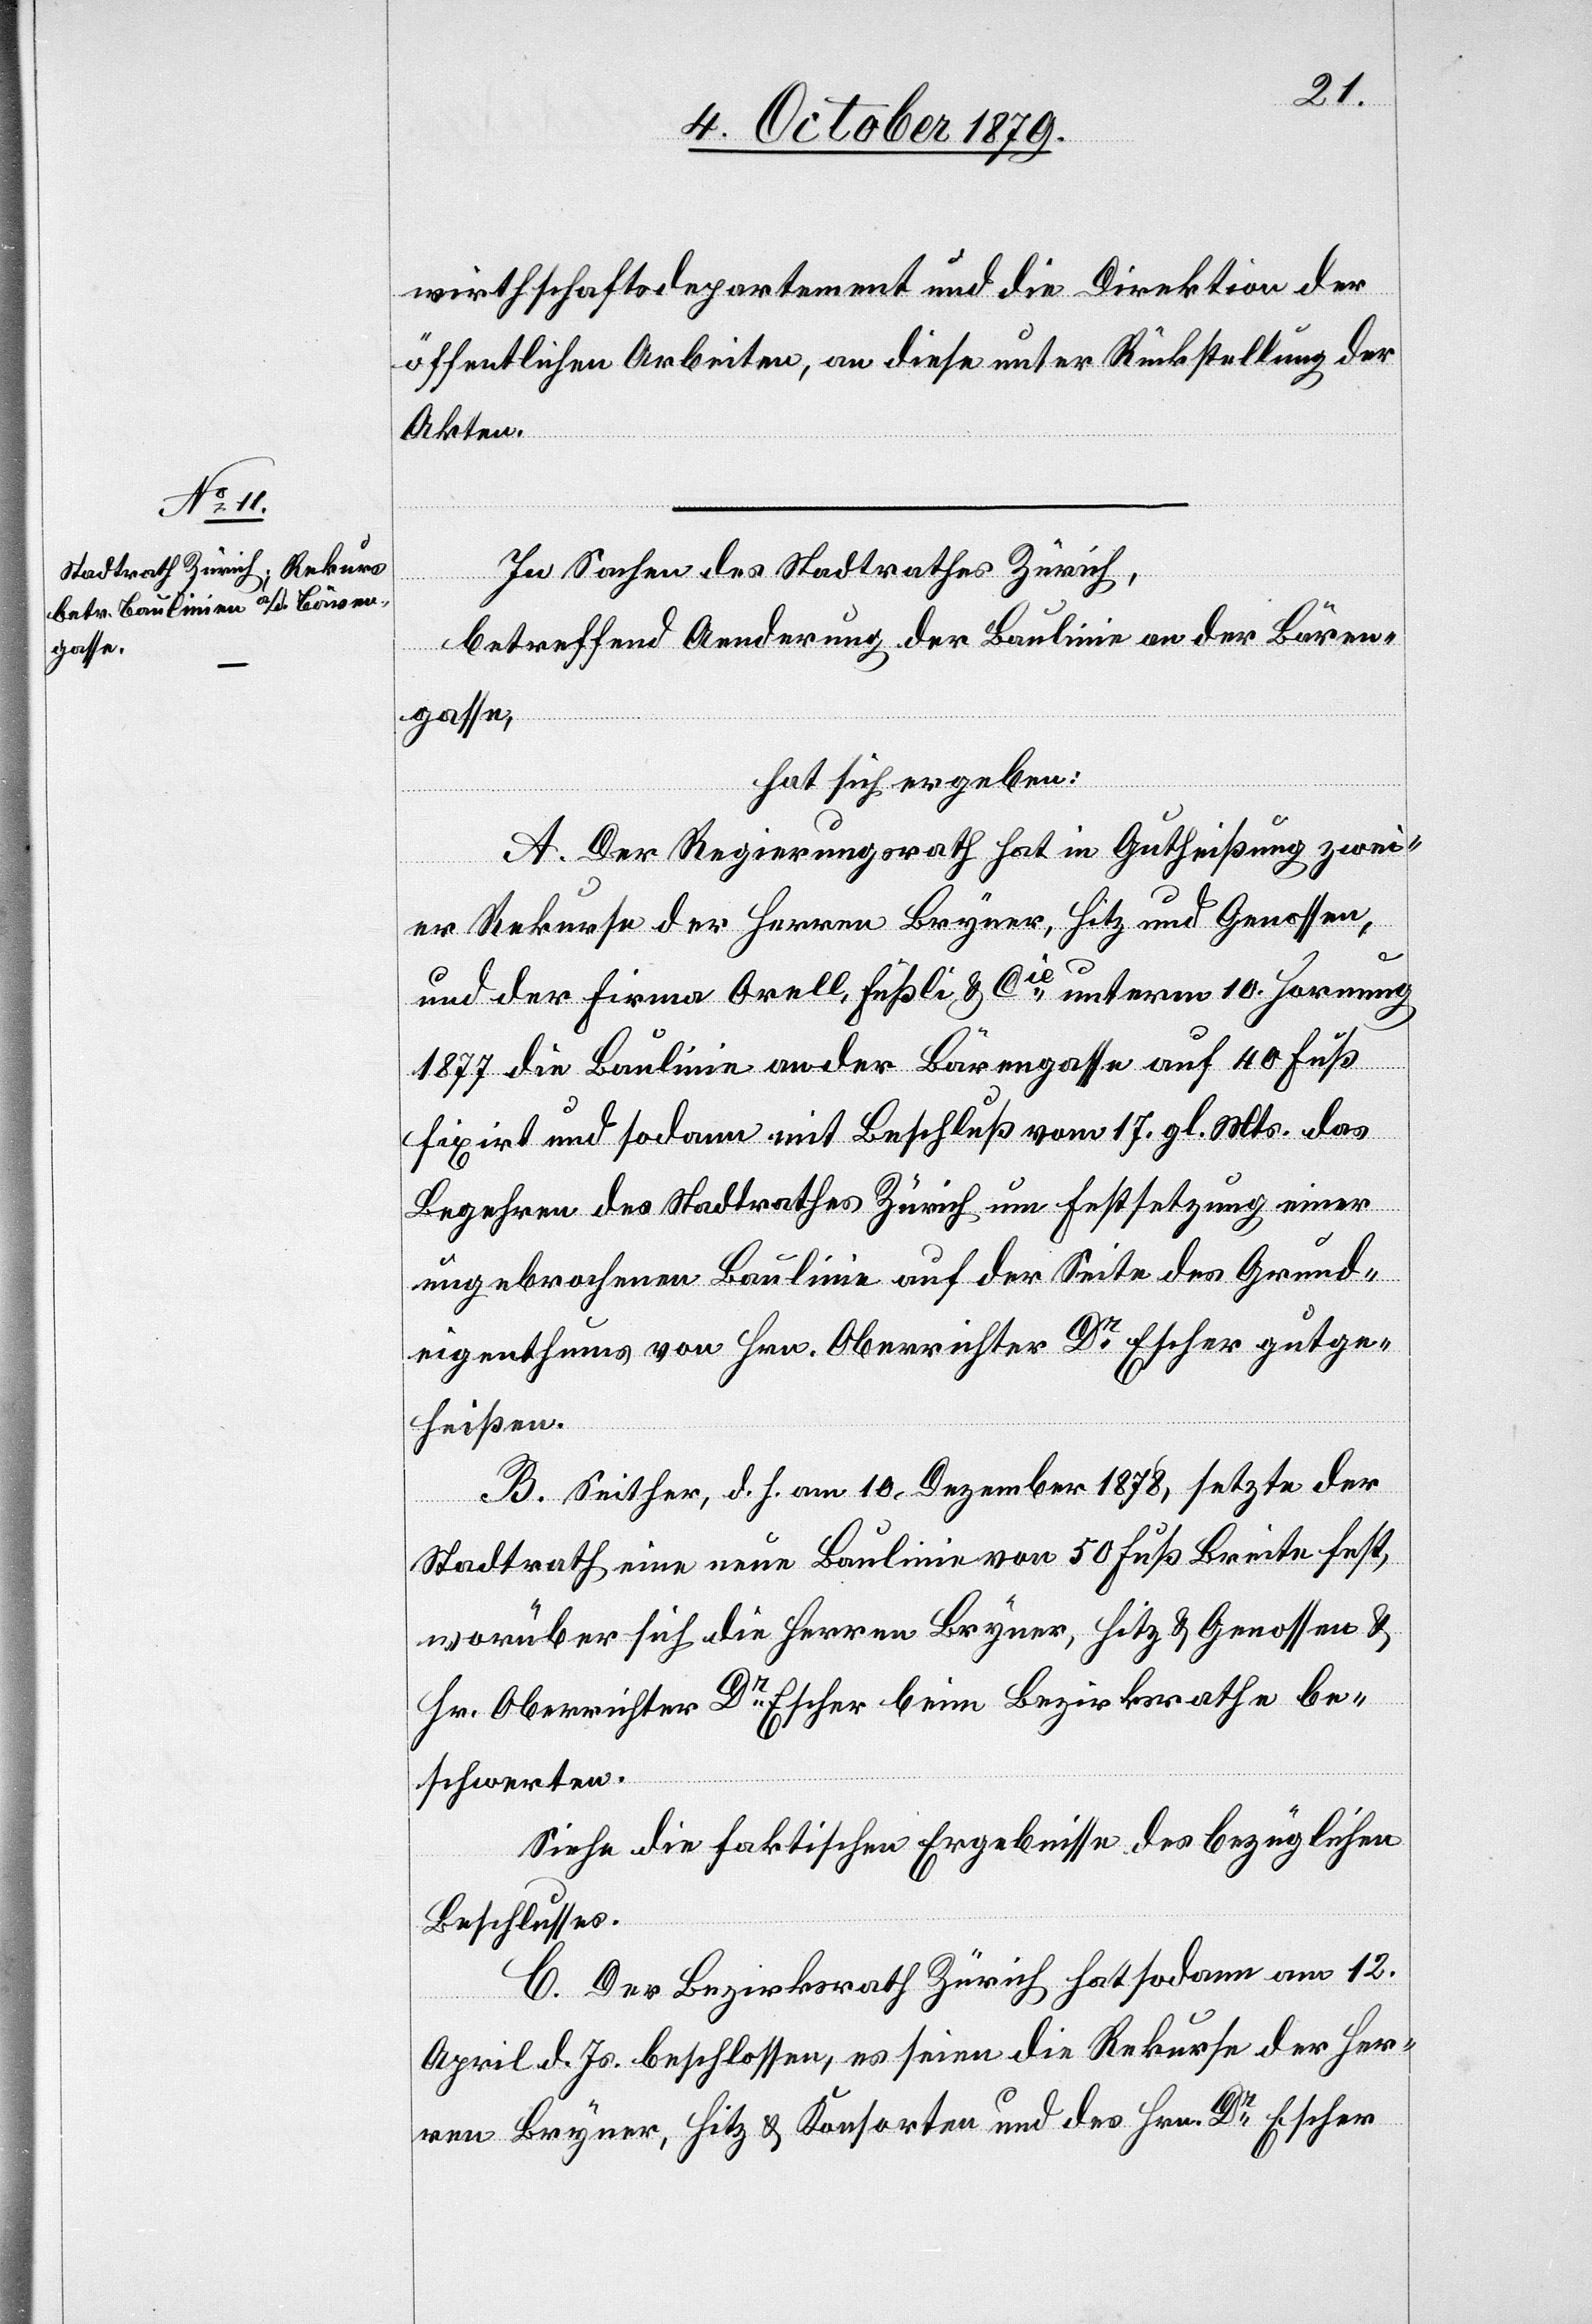
wirthschaftsdepartement und die Direktion der
öffentlichen Arbeiten, an diese unter Rückstellung der
Akten.
In Sachen des Stadtrathes Zürich,
betreffend Aenderung der Baulinie an der Bären¬
gasse,
hat sich ergeben:
A. Der Regierungsrath hat in Gutheißung zwei¬
er Rekurse der Herren Bryner, Hitz und Genossen,
und der Firma Orell, Füssli & Cie, unterm 10. Hornung
1877 die Baulinie an der Bärengasse auf 40 Fuß
fixirt und sodann mit Beschluß vom 17. gl. Mts. das
Begehren des Stadtrathes Zürich um Festsetzung einer
ungebrochenen Baulinie auf der Seite des Grund¬
eigenthums von Hrn. Oberrichter Dr Escher gutge¬
heißen.
B. Seither, d. h. am 10. Dezember 1878, setzte der
Stadtrath eine neue Baulinie von 50 Fuß Breite fest,
worüber sich die Herren Bryner, Hitz & Genossen &
Hr. Oberrichter Dr Escher beim Bezirksrathe be¬
schwerten.
Siehe die faktischen Ergebnisse des bezüglichen
Beschlusses.
C. Der Bezirksrath Zürich hat sodann am 12.
April d. Js. beschlossen, es seien die Rekurse der Her¬
ren Bryner, Hitz & Konsorten und des Hrn. Dr Escher